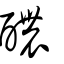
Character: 醲